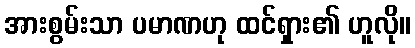
အားစွမ်းသာ ပမာဏဟု ထင်ရှား၏ ဟူလို။